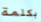
بكلمة